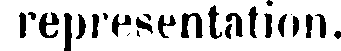
representation.